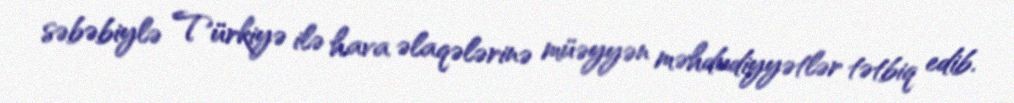
səbəbiylə Türkiyə ilə hava əlaqələrinə müəyyən məhdudiyyətlər tətbiq edib.